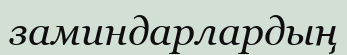
заминдарлардың